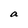
Character: a